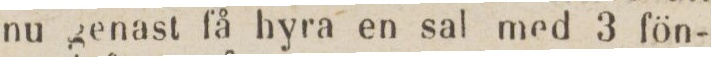
nu genast få hyra en sal med 3 fön-